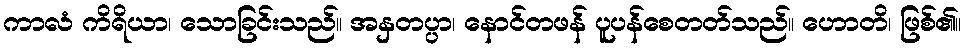
ကာလံ ကိရိယာ၊ သောခြင်းသည်။ အနှတပ္ပာ၊ နောင်တဖန် ပူပန်စေတတ်သည်။ ဟောတိ၊ ဖြစ်၏။